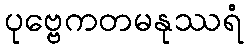
ပုဗ္ဗေကတမနုဿရံ